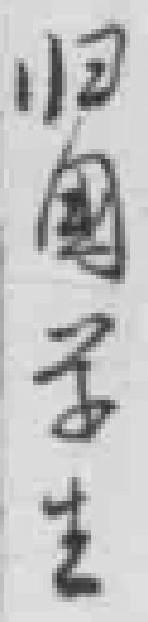
归国学生